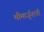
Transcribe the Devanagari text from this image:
भीमार्जुनांनी